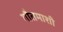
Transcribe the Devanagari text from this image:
गौतमाशी